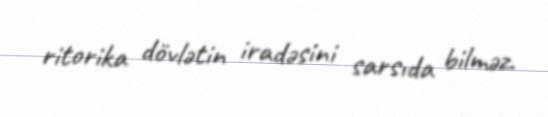
ritorika dövlətin iradəsini sarsıda bilməz.